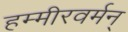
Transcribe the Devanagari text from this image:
हम्मीरवर्मन्